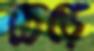
চেড়ে